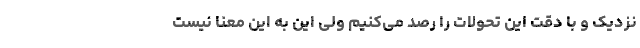
نزدیک و با دقت این تحولات را رصد می‌کنیم ولی این به این معنا نیست